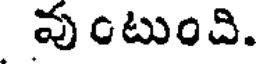
వుంటుంది.